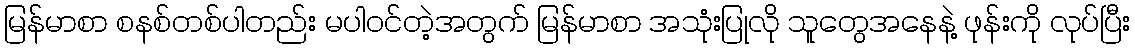
မြန်မာစာ စနစ်တစ်ပါတည်း မပါဝင်တဲ့အတွက် မြန်မာစာ အသုံးပြုလို သူတွေအနေနဲ့ ဖုန်းကို လုပ်ပြီး